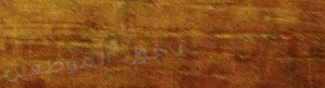
دخول الموظفين